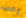
رعب